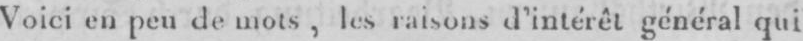
Voici en peu demots, lesraisons d’intérêt général qui